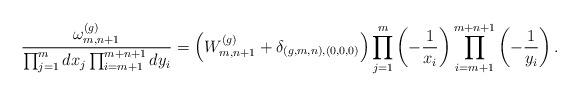
LaTeX: \begin{align*}\dfrac{\omega^{(g)}_{m,n+1}}{\prod_{j=1}^m dx_j\prod_{i=m+1}^{m+n+1} dy_i} = \left(W^{(g)}_{m,n+1}+\delta_{(g,m,n),(0,0,0)}\right)\prod_{j=1}^m \left(-\dfrac{1}{x_i}\right) \prod_{i=m+1}^{m+n+1} \left(-\dfrac{1}{y_i}\right).\end{align*}